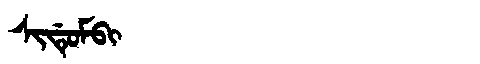
Manchu: ᠰᡳᡩᡠᠮᠪᡳ
Romanization: SIDUMBI